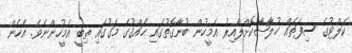
ކަލްޓުގެ ސިފަތައް ޚުލާޞާކޮށްލާއިރު އެމީހުން ބުނާގޮތުގައި ޙައްޤުގެ މަގުގައި ތިބީ އެމީހުންނެވެ. އެހެން